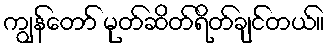
ကျွန်တော် မုတ်ဆိတ်ရိတ်ချင်တယ်။